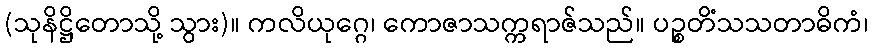
(သုနိဋ္ဌိတောသို့ သွား)။ ကလိယုဂ္ဂေ၊ ကောဇာသက္ကရာဇ်သည်။ ပဉ္စတိံသသတာဓိကံ၊